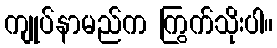
ကျုပ်နာမည်က ကြွက်သိုးပါ။